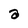
Character: a